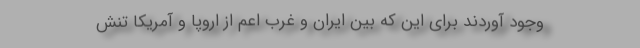
وجود آوردند برای این که بین ایران و غرب اعم از اروپا و آمریکا تنش